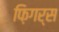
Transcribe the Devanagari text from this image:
फ़िगर्स